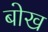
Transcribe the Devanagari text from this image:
बोख